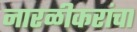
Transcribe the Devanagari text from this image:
नारळीकरांचा